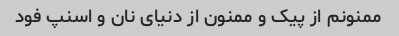
ممنونم از پیک و ممنون از دنیای نان و اسنپ فود